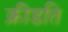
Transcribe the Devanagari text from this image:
क्रीडति